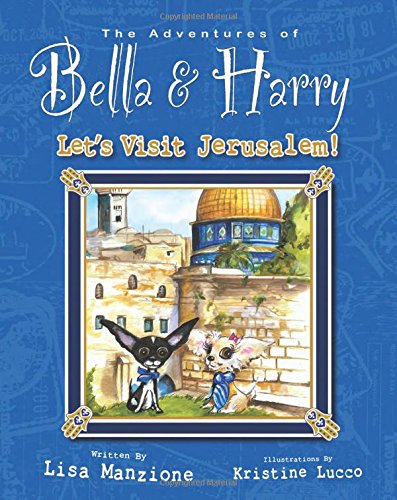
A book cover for Let's Visit Jerusalem!: Adventures of Bella & Harry; Lisa Manzione; Travel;